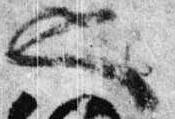
也